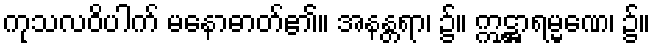
ကုသလဝိပါက် မနောဓာတ်၏။ အနန္တရာ၊ ၌။ ဣဋ္ဌာရမ္မဏေ၊ ၌။